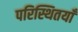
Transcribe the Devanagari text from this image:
परिस्थितयाँ